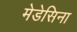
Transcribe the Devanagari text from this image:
मेडेसिना